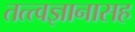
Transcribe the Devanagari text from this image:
तत्त्वज्ञानासह